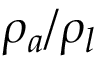
\rho _ { a } / \rho _ { l }